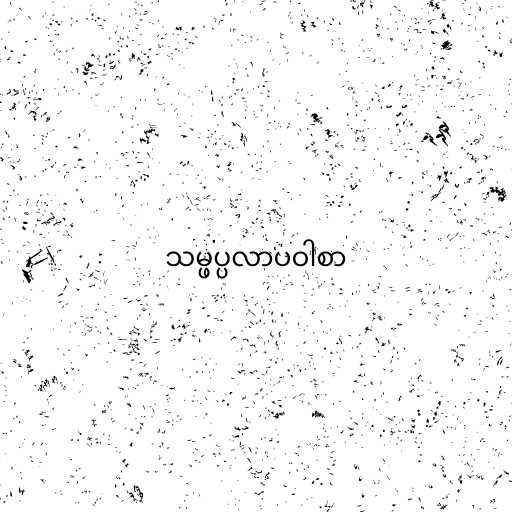
သမ္ဖပ္ပလာပဝါစာ